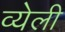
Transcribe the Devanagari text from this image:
व्येली